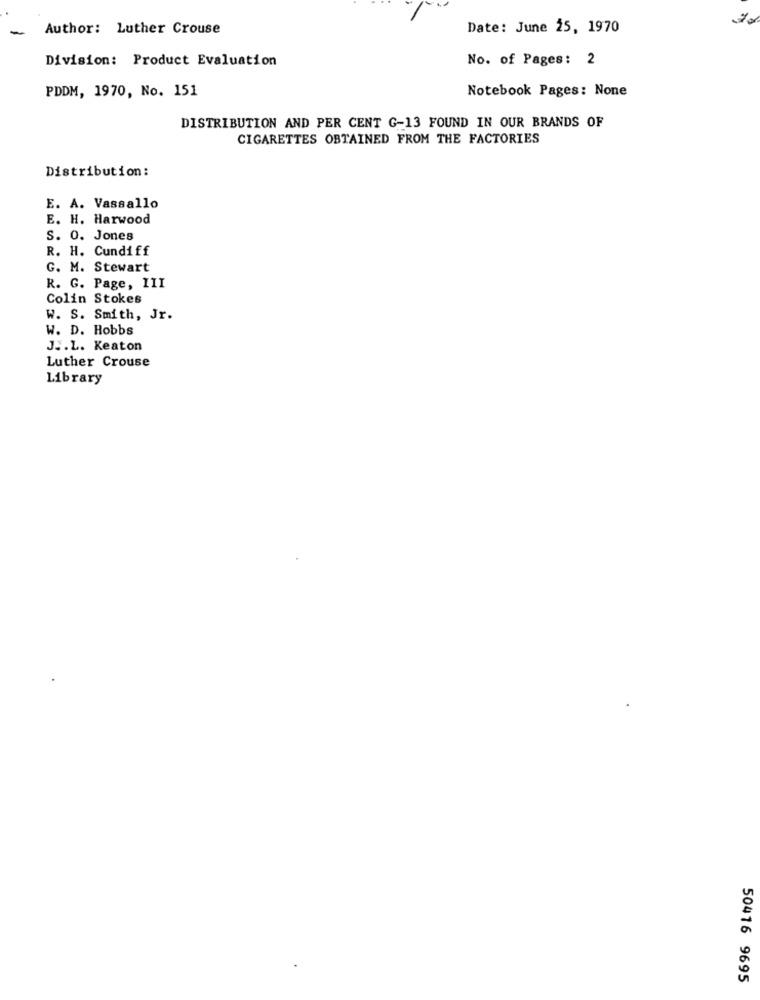
-
Author: Luther Crouse
Date: June 25, 1970
Division: Product Evaluation
No. of Pages: 2
PDDM, 1970, No. 151
Notebook Pages: None
DISTRIBUTION AND PER CENT G-13 FOUND IN OUR BRANDS OF
CIGARETTES OBTAINED FROM THE FACTORIES
Distribution:
E. A. Vassallo
E. H. Harwood
S. O. Jones
R. H. Cundiff
G. M. Stewart
R. G. Page, III
Colin Stokes
W. S. Smith, Jr.
W. D. Hobbs
J .. L. Keaton
Luther Crouse
Library
50416 9695